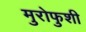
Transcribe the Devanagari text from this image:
मुरोफुशी